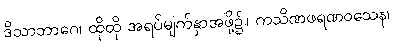
ဒိသာဘာဂေ၊ ထိုထို အရပ်မျက်နှာအဖို့၌။ ကသိဏဖရဏဝသေန၊